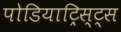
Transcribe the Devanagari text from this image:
पोडियाट्रिस्ट्स